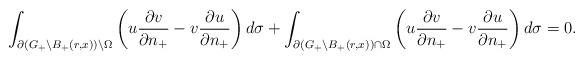
LaTeX: \begin{align*}\int_{\partial (G_{+}\setminus B_{+}(r,x))\setminus\Omega} \left( u \frac{\partial v}{\partial n_{+}} - v \frac{\partial u}{\partial n_{+}} \right) d\sigma + \int_{\partial (G_{+}\setminus B_{+}(r,x))\cap \Omega} \left( u \frac{\partial v}{\partial n_{+}} - v \frac{\partial u}{\partial n_{+}} \right) d\sigma= 0.\end{align*}